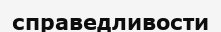
справедливости